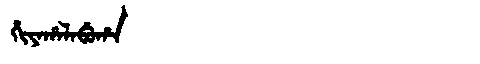
Manchu: ᡥᡳᠶᠠᡥᠠᠯᠠᠪᡠᡥᠠ
Romanization: HIYAHALABUHA